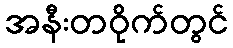
အနီးတဝိုက်တွင်